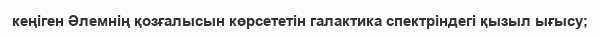
кеңіген Әлемнің қозғалысын көрсететін галактика спектріндегі қызыл ығысу;